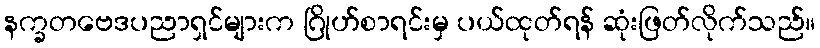
နက္ခတဗေဒပညာရှင်များက ဂြိုဟ်စာရင်းမှ ပယ်ထုတ်ရန် ဆုံးဖြတ်လိုက်သည်။